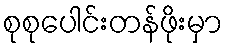
စုစုပေါင်းတန်ဖိုးမှာ